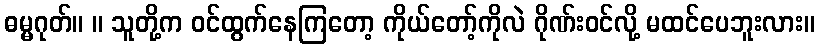
ဓမ္မဂုတ်။ ။ သူတို့က ဝင်ထွက်နေကြတော့ ကိုယ်တော့်ကိုလဲ ဂိုဏ်းဝင်လို့ မထင်ပေဘူးလား။